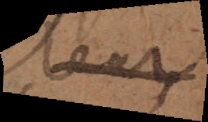
leur